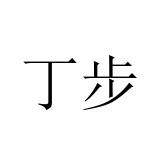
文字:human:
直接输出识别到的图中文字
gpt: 丁步